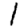
Digit: 1